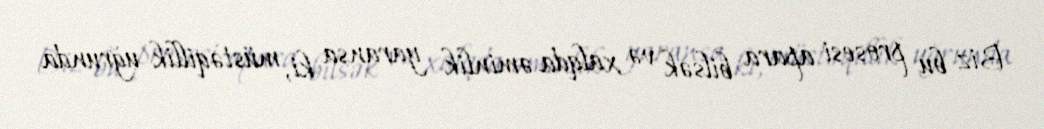
Biz bu prosesi apara bilsək və xalqda əminlik yaransa ki, müstəqillik uğrunda